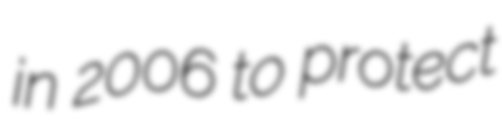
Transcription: in 2006 to protect